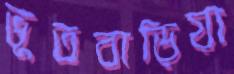
ভূতবাড়িয়া